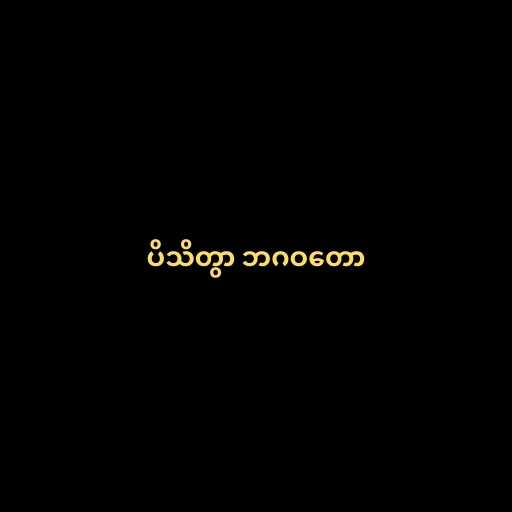
ပိသိတွာ ဘဂဝတော